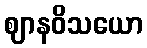
ဈာနဝိသယော